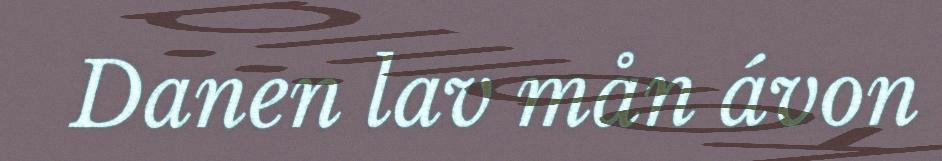
Danen lav mån ávon